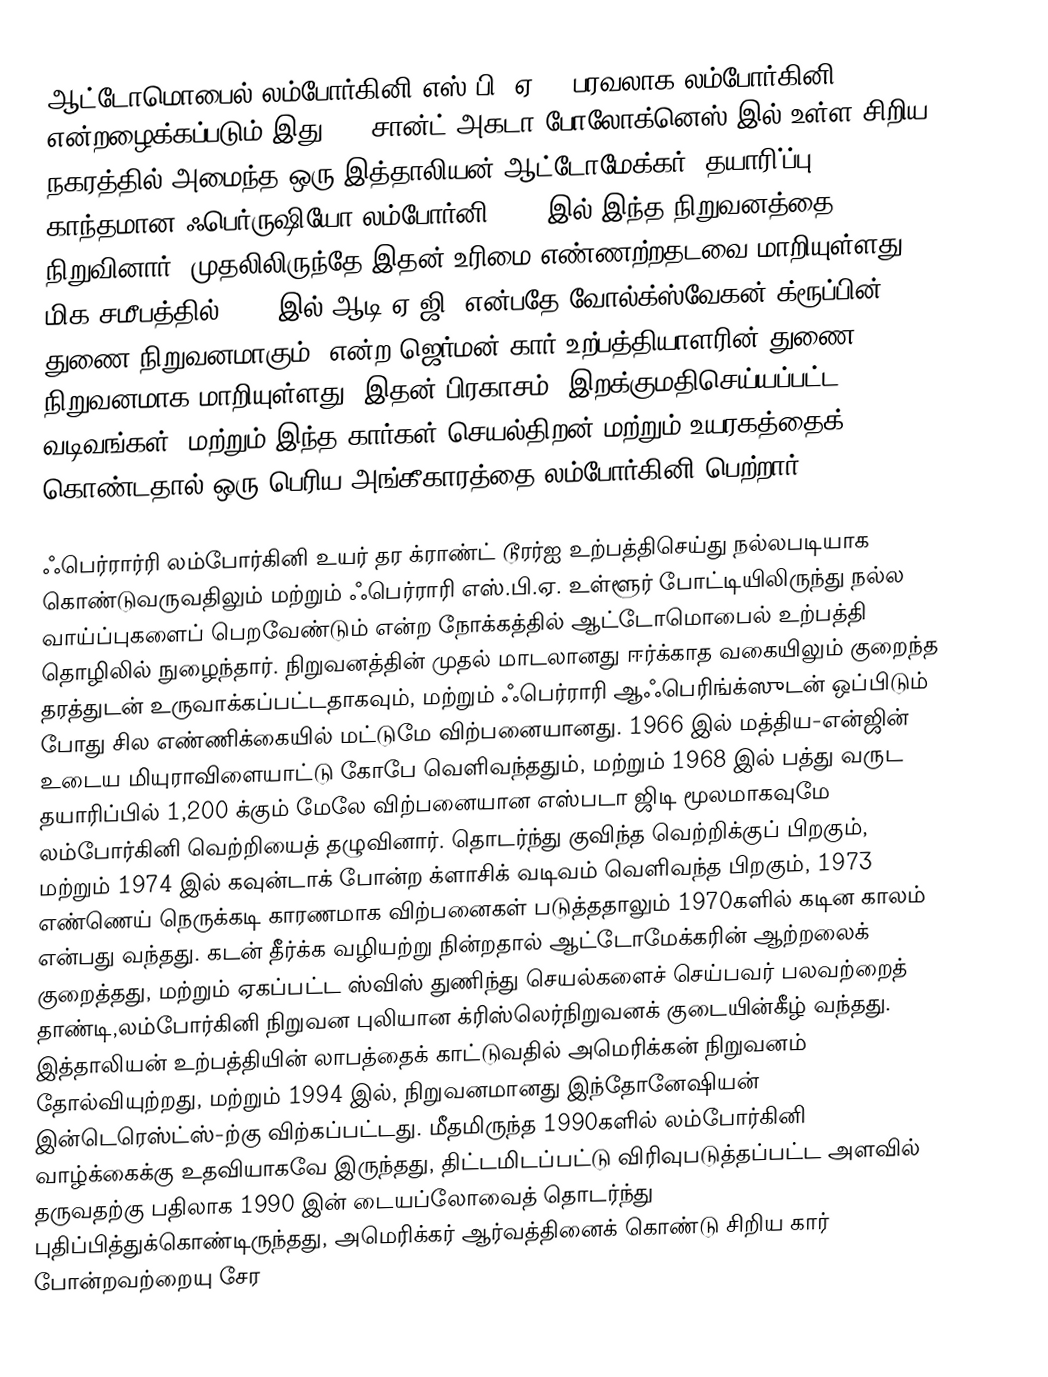
ஆட்டோமொபைல் லம்போர்கினி எஸ்.பி. ஏ. , பரவலாக லம்போர்கினி என்றழைக்கப்படும் இது (), சான்ட் அகடா போலோக்னெஸ் இல் உள்ள சிறிய நகரத்தில் அமைந்த ஒரு இத்தாலியன் ஆட்டோமேக்கர். தயாரி்ப்பு காந்தமான ஃபெர்ருஷியோ லம்போர்னி 1963 இல் இந்த நிறுவனத்தை நிறுவினார். முதலிலிருந்தே இதன் உரிமை எண்ணற்றதடவை மாறியுள்ளது, மிக சமீபத்தில் 1998 இல் ஆடி ஏ.ஜி.(என்பதே வோல்க்ஸ்வேகன் க்ரூப்பின் துணை நிறுவனமாகும்) என்ற ஜெர்மன் கார் உற்பத்தியாளரின் துணை நிறுவனமாக மாறியுள்ளது. இதன் பிரகாசம், இறக்குமதிசெய்யப்பட்ட வடிவங்கள், மற்றும் இந்த கார்கள் செயல்திறன் மற்றும் உயரகத்தைக் கொண்டதால் ஒரு பெரிய அங்கீகாரத்தை லம்போர்கினி பெற்றார்.

ஃபெர்ரார்ரி லம்போர்கினி உயர் தர க்ராண்ட் டூரர்ஐ உற்பத்திசெய்து நல்லபடியாக கொண்டுவருவதிலும் மற்றும் ஃபெர்ராரி எஸ்.பி.ஏ. உள்ளூர் போட்டியிலிருந்து நல்ல வாய்ப்புகளைப் பெறவேண்டும் என்ற நோக்கத்தில் ஆட்டோமொபைல் உற்பத்தி தொழிலில் நுழைந்தார். நிறுவனத்தின் முதல் மாடலானது ஈர்க்காத வகையிலும் குறைந்த தரத்துடன் உருவாக்கப்பட்டதாகவும், மற்றும் ஃபெர்ராரி ஆஃபெரிங்க்ஸுடன் ஒப்பிடும் போது சில எண்ணிக்கையில் மட்டுமே விற்பனையானது. 1966 இல் மத்திய-என்ஜின் உடைய மியுராவிளையாட்டு கோபே வெளிவந்ததும், மற்றும் 1968 இல் பத்து வருட தயாரிப்பில் 1,200 க்கும் மேலே விற்பனையான எஸ்படா ஜிடி மூலமாகவுமே லம்போர்கினி வெற்றியைத் தழுவினார். தொடர்ந்து குவிந்த வெற்றிக்குப் பிறகும், மற்றும் 1974 இல் கவுன்டாக் போன்ற க்ளாசிக் வடிவம் வெளிவந்த பிறகும், 1973 எண்ணெய் நெருக்கடி காரணமாக விற்பனைகள் படுத்ததாலும் 1970களில் கடின காலம் என்பது வந்தது. கடன் தீர்க்க வழியற்று நின்றதால் ஆட்டோமேக்கரின் ஆற்றலைக் குறைத்தது, மற்றும் ஏகப்பட்ட ஸ்விஸ் துணிந்து செயல்களைச் செய்பவர் பலவற்றைத் தாண்டி,லம்போர்கினி நிறுவன புலியான க்ரிஸ்லெர்நிறுவனக் குடையின்கீழ் வந்தது. இத்தாலியன் உற்பத்தியின் லாபத்தைக் காட்டுவதில் அமெரிக்கன் நிறுவனம் தோல்வியுற்றது, மற்றும் 1994 இல், நிறுவனமானது இந்தோனேஷியன் இன்டெரெஸ்ட்ஸ்-ற்கு விற்கப்பட்டது. மீதமிருந்த 1990களில் லம்போர்கினி வாழ்க்கைக்கு உதவியாகவே இருந்தது, திட்டமிடப்பட்டு விரிவுபடுத்தப்பட்ட அளவில் தருவதற்கு பதிலாக 1990 இன் டையப்லோவைத் தொடர்ந்து புதிப்பித்துக்கொண்டிருந்தது, அமெரிக்கர் ஆர்வத்தினைக் கொண்டு சிறிய கார் போன்றவற்றையு சேர